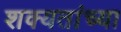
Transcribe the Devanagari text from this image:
शक्यतांच्या